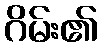
ဂိမ်း၏